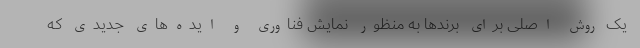
یک روش اصلی برای برندها به منظور نمایش فناوری و ایده‌های جدیدی که